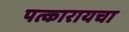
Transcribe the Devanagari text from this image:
पत्कारायचा